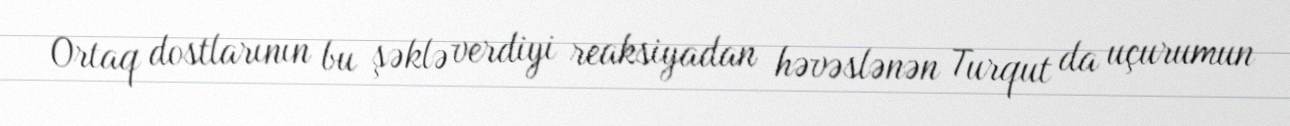
Ortaq dostlarının bu şəklə verdiyi reaksiyadan həvəslənən Turqut da uçurumun